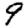
Digit: 9